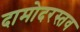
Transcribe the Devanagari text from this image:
दामोदरस्तव